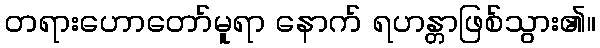
တရားဟောတော်မူရာ နောက် ရဟန္တာဖြစ်သွား၏။